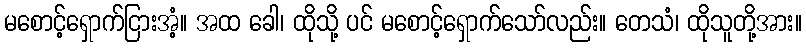
မစောင့်ရှောက်ငြားအံ့။ အထ ခေါ၊ ထိုသို့ ပင် မစောင့်ရှောက်သော်လည်း။ တေသံ၊ ထိုသူတို့အား။